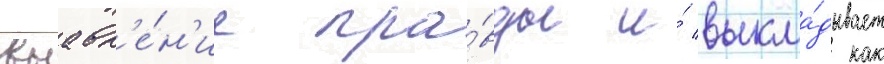
выавл'е́н'ие пра́вды и́ выкла́дывает